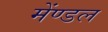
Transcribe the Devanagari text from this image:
मेंण्डल